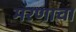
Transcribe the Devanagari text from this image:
मरणाचा